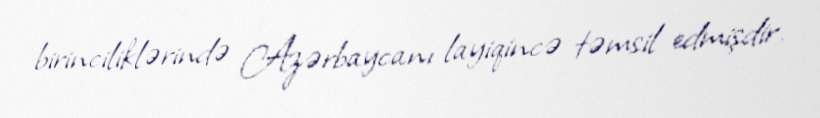
birinciliklərində Azərbaycanı layiqincə təmsil edmişdir.